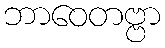
ဘာဝေတဗ္ဗာ